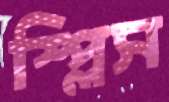
স্প্লিস